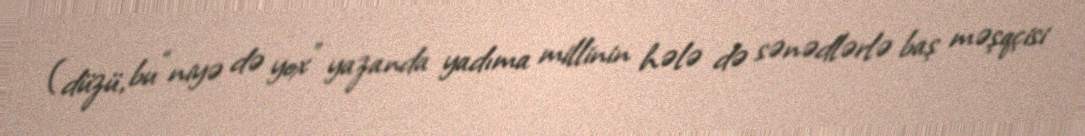
(düzü, bu “niyə də yox” yazanda yadıma millinin hələ də sənədlərlə baş məşqçisi